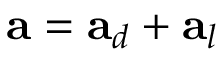
\mathbf { a } = \mathbf { a } _ { d } + \mathbf { a } _ { l }